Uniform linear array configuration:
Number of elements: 8
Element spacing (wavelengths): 0.5
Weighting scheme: binomial
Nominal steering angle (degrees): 30
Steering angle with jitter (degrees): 28.668
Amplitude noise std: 0.05
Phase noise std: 0.05

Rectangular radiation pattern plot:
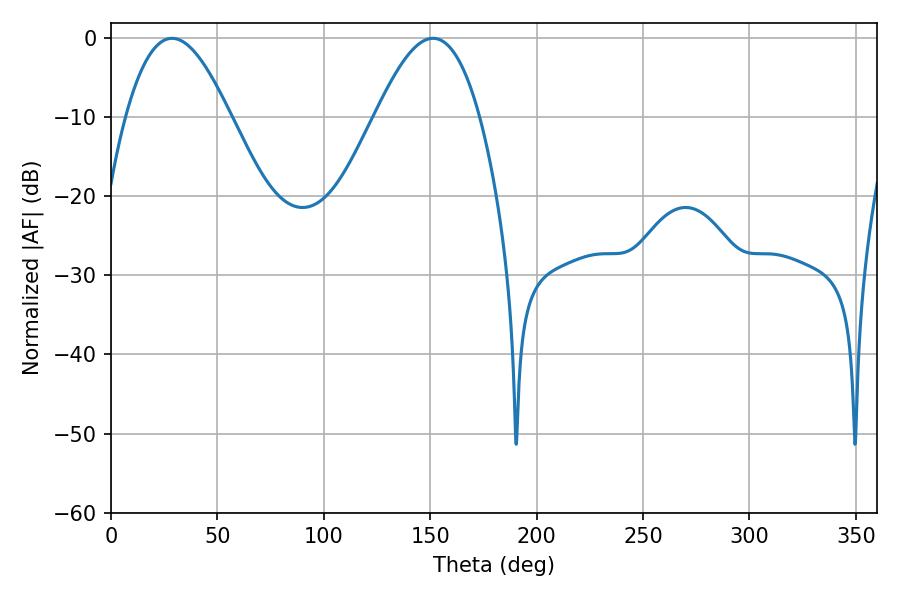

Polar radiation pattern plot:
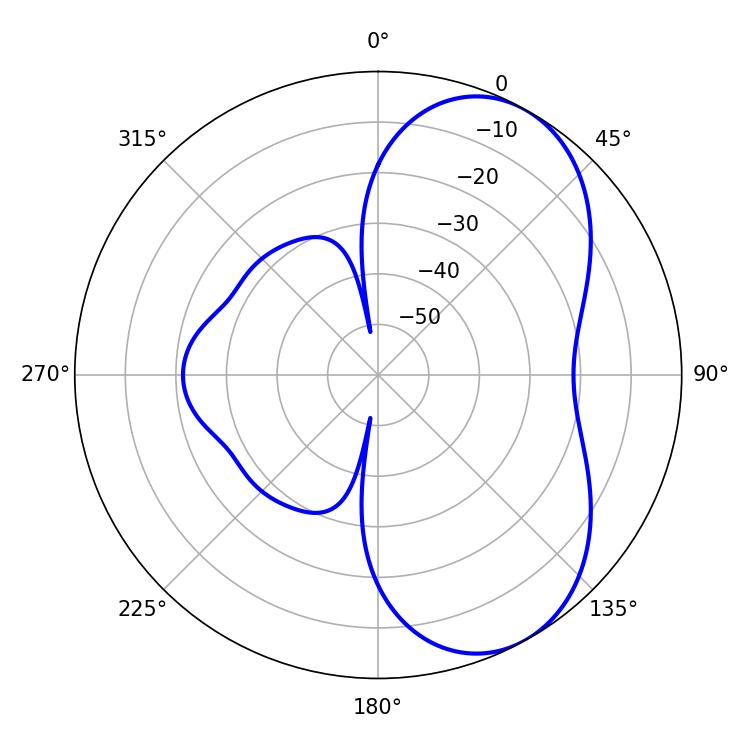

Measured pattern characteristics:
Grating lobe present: FALSE
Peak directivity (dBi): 5.968
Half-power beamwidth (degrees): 26.64
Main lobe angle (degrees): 28.62